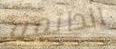
الدائمة